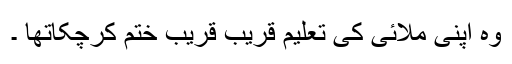
وہ اپنی ملّائی کی تعلیم قریب قریب ختم کرچکاتھا ۔